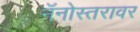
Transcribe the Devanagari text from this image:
नॅनोस्तरावर